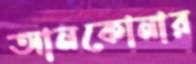
আনকোনার